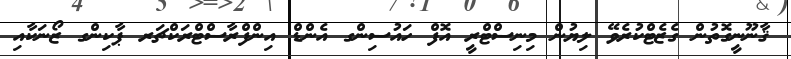
ޤާނޫނީގޮތުން ގެޒެޓްކުރެވޭ ލިޔުން މިނިސްޓްރީ އޮފް ހައުސިންގ އެންޑް އިންފްރާސްޓްރަކްޗަރ ޕާކިންގ ޒޯނަކާއި